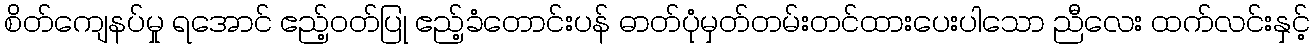
စိတ်ကျေနပ်မှု ရအောင် ဧည့်ဝတ်ပြု ဧည့်ခံတောင်းပန် ဓာတ်ပုံမှတ်တမ်းတင်ထားပေးပါသော ညီလေး ထက်လင်းနှင့်